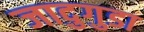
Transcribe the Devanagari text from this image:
जादुगुडा